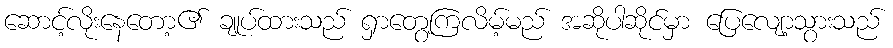
ဆောင့်လိုးနေတော့၏ ချုပ်ထားသည် ရှာတွေ့ကြလိမ့်မည် အဆိုပါဆိုင်မှာ ပြေလျော့သွားသည်